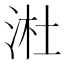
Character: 𬇩